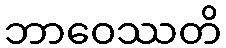
ဘာဝေဿတိ